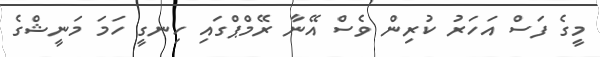
މީގެ ފަސް އަހަރު ކުރިން ވެސް އޭނާ ރޭމްޕްގައި ހިނގީ ހަމަ މަނީޝްގެ